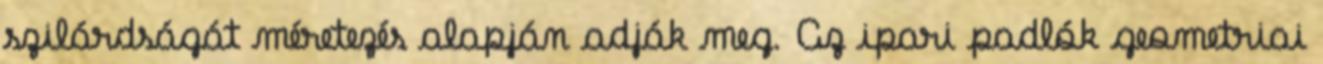
szilárdságát méretezés alapján adják meg. Az ipari padlók geometriai